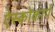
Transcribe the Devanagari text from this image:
ऐस्कोकार्प